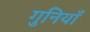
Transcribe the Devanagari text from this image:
गुनियाँ